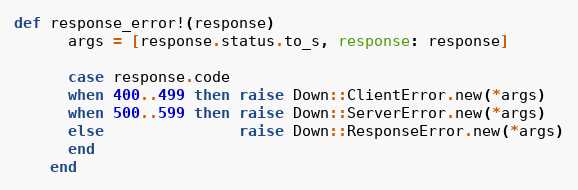
Language: Ruby
def response_error!(response)
      args = [response.status.to_s, response: response]

      case response.code
      when 400..499 then raise Down::ClientError.new(*args)
      when 500..599 then raise Down::ServerError.new(*args)
      else               raise Down::ResponseError.new(*args)
      end
    end